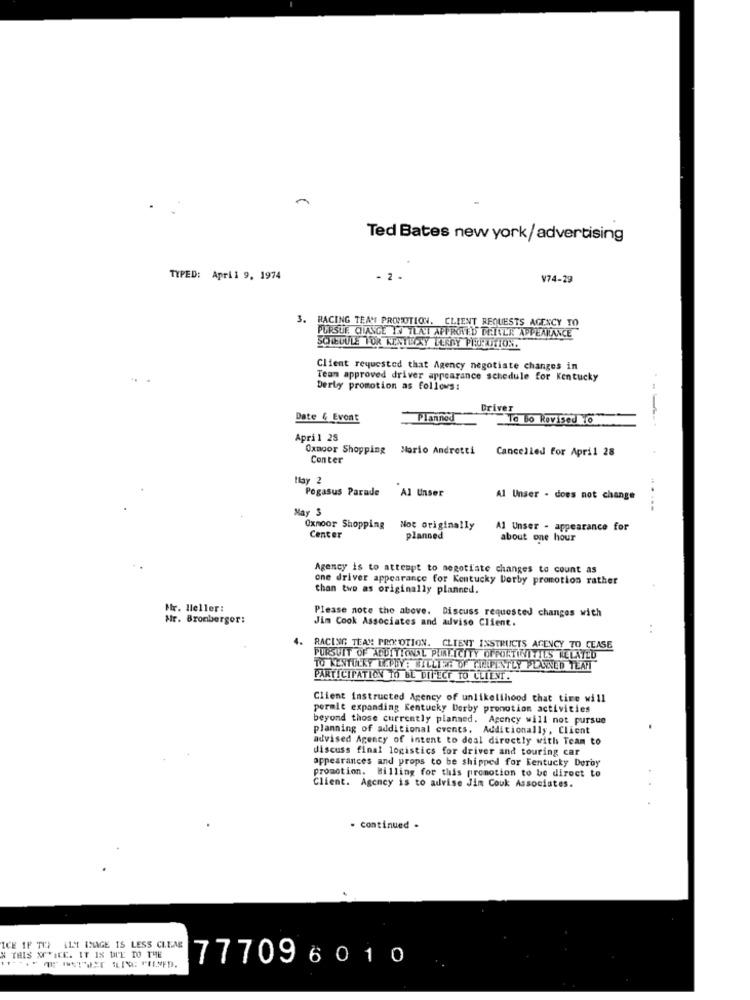
Ted Bates new york/ advertising
TYPED: April 9, 1974
- 2 .
V74-29
3. RACING TEAM PROMOTION. CLIENT REQUESTS AGENCY TO
PURSUE CHANGE IN TLACH APPROVED MEINER APPEARANCE
SCHEDULE TOR KENTUCKY LLEDY PHUSUTION.
Client requested that Agency negotiate changes in
Team approved driver appearance schedule for Kentucky
Derly promotion as follows:
Driver
Date & Evont
Planned
Te bo Revised 16
April 28
Oxmoor Shopping
Mario Andretti
Cancelled for April 28
Conter
May 2
Pegasus Parade
Al Unser
Al Unser - does not change
Mar 3
Oxmoor Shopping
Not originally
Al Unser - appearance for
Center
planned
about one hour
Agency is to attempt to negotiate changes to count as
one driver appearance for Kentucky Derby promotion rather
than two as originally planned.
Mr. Heller:
Please note the above. Discuss requested changes with
Mr. Bromberger:
Jim Cook Associates and advise Client.
. .
. RACING TEAM PROMOTION. CLIENT INSTRUCTS AGENCY TO CEASE
PURSUIT OF ADDITIONAL PURTICITY OPPORTUNITIES RELATED
TO KENTUCKY LAPDY; BILLING OF TIREPEATLY PLANNED TEAH
PARTICIPATION TO BE DIFECE TO CLIENT.
Client instructed Agency of unlikelihood that time will
permit expanding Kentucky Derby promotion activities
beyond those currently planmed. Agency will not pursue
planning of additional events. Additionally, Client
advised Agency of intent to deal directly with Team to
discuss final logistics for driver and touring car
appearances and props to be shipped for Kentucky Derby
Promotion. Billing for this promotion to be direct to
Client. Agency is to advise Jim Couk Associates.
. continued .
ICE IF THO LIM IMAGE IS LESS CLEAR
" THIS NOTICE. IT IS DUE TO THE
777096010